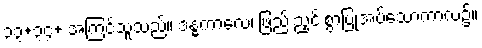
၃၃+၃၄+ အကြင်သူသည်။ ဒန္ဓကာလေ၊ ဖြည်းညှင်းစွာပြုအပ်သောကာလ၌။